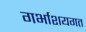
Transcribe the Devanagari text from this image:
गर्भाशयगत